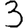
Digit: 3